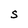
Character: S